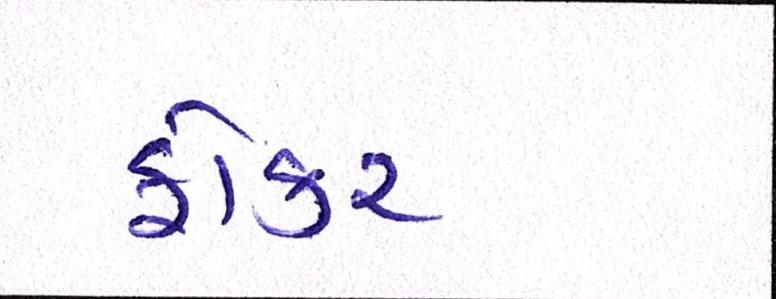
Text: ફોકર